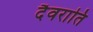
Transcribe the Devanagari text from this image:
दैवराति